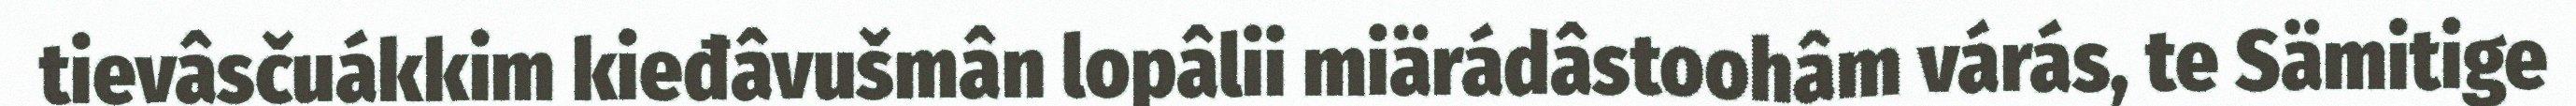
tievâsčuákkim kieđâvušmân lopâlii miärádâstoohâm várás, te Sämitige